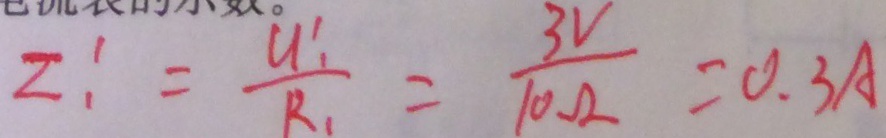
Z _ { 1 } ^ { 1 } = \frac { U _ { 1 } ^ { 1 } } { R _ { 1 } } = \frac { 3 V } { 1 0 \Omega } = 0 . 3 A